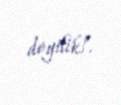
deyilik!.